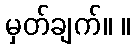
မှတ်ချက်။ ။